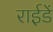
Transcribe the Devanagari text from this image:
राईडें